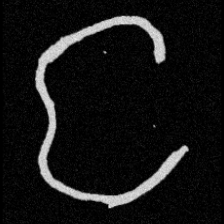
Pyu character \u2014 Myanmar letter: င (romanized: nga)